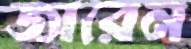
জারেন